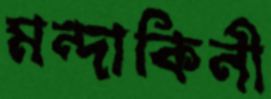
মন্দাকিনী